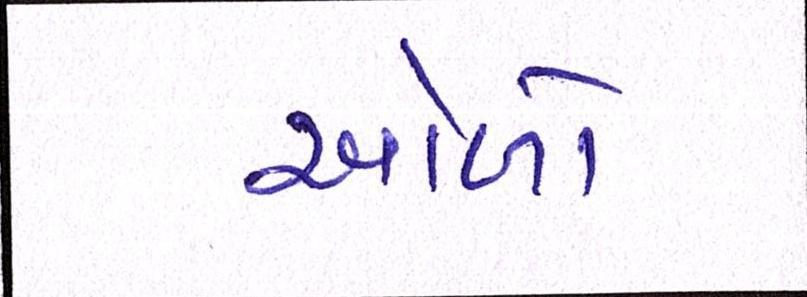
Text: ઓળો